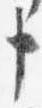
申